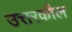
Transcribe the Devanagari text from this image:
उत्तरकौल